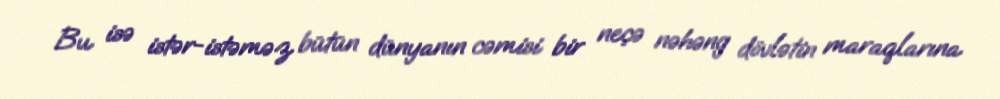
Bu isə istər-istəməz bütün dünyanın cəmisi bir neçə nəhəng dövlətin maraqlarına